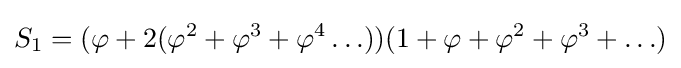
S_{1}=(\varphi +2(\varphi ^{2}+\varphi ^{3}+\varphi ^{4}\ldots ))(1+\varphi +\varphi ^{2}+\varphi ^{3}+\ldots )